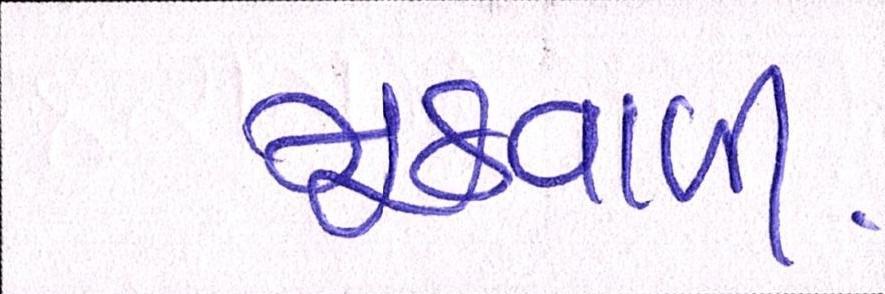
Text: મૂઠવાળી